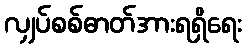
လျှပ်စစ်ဓာတ်အားရရှိရေး